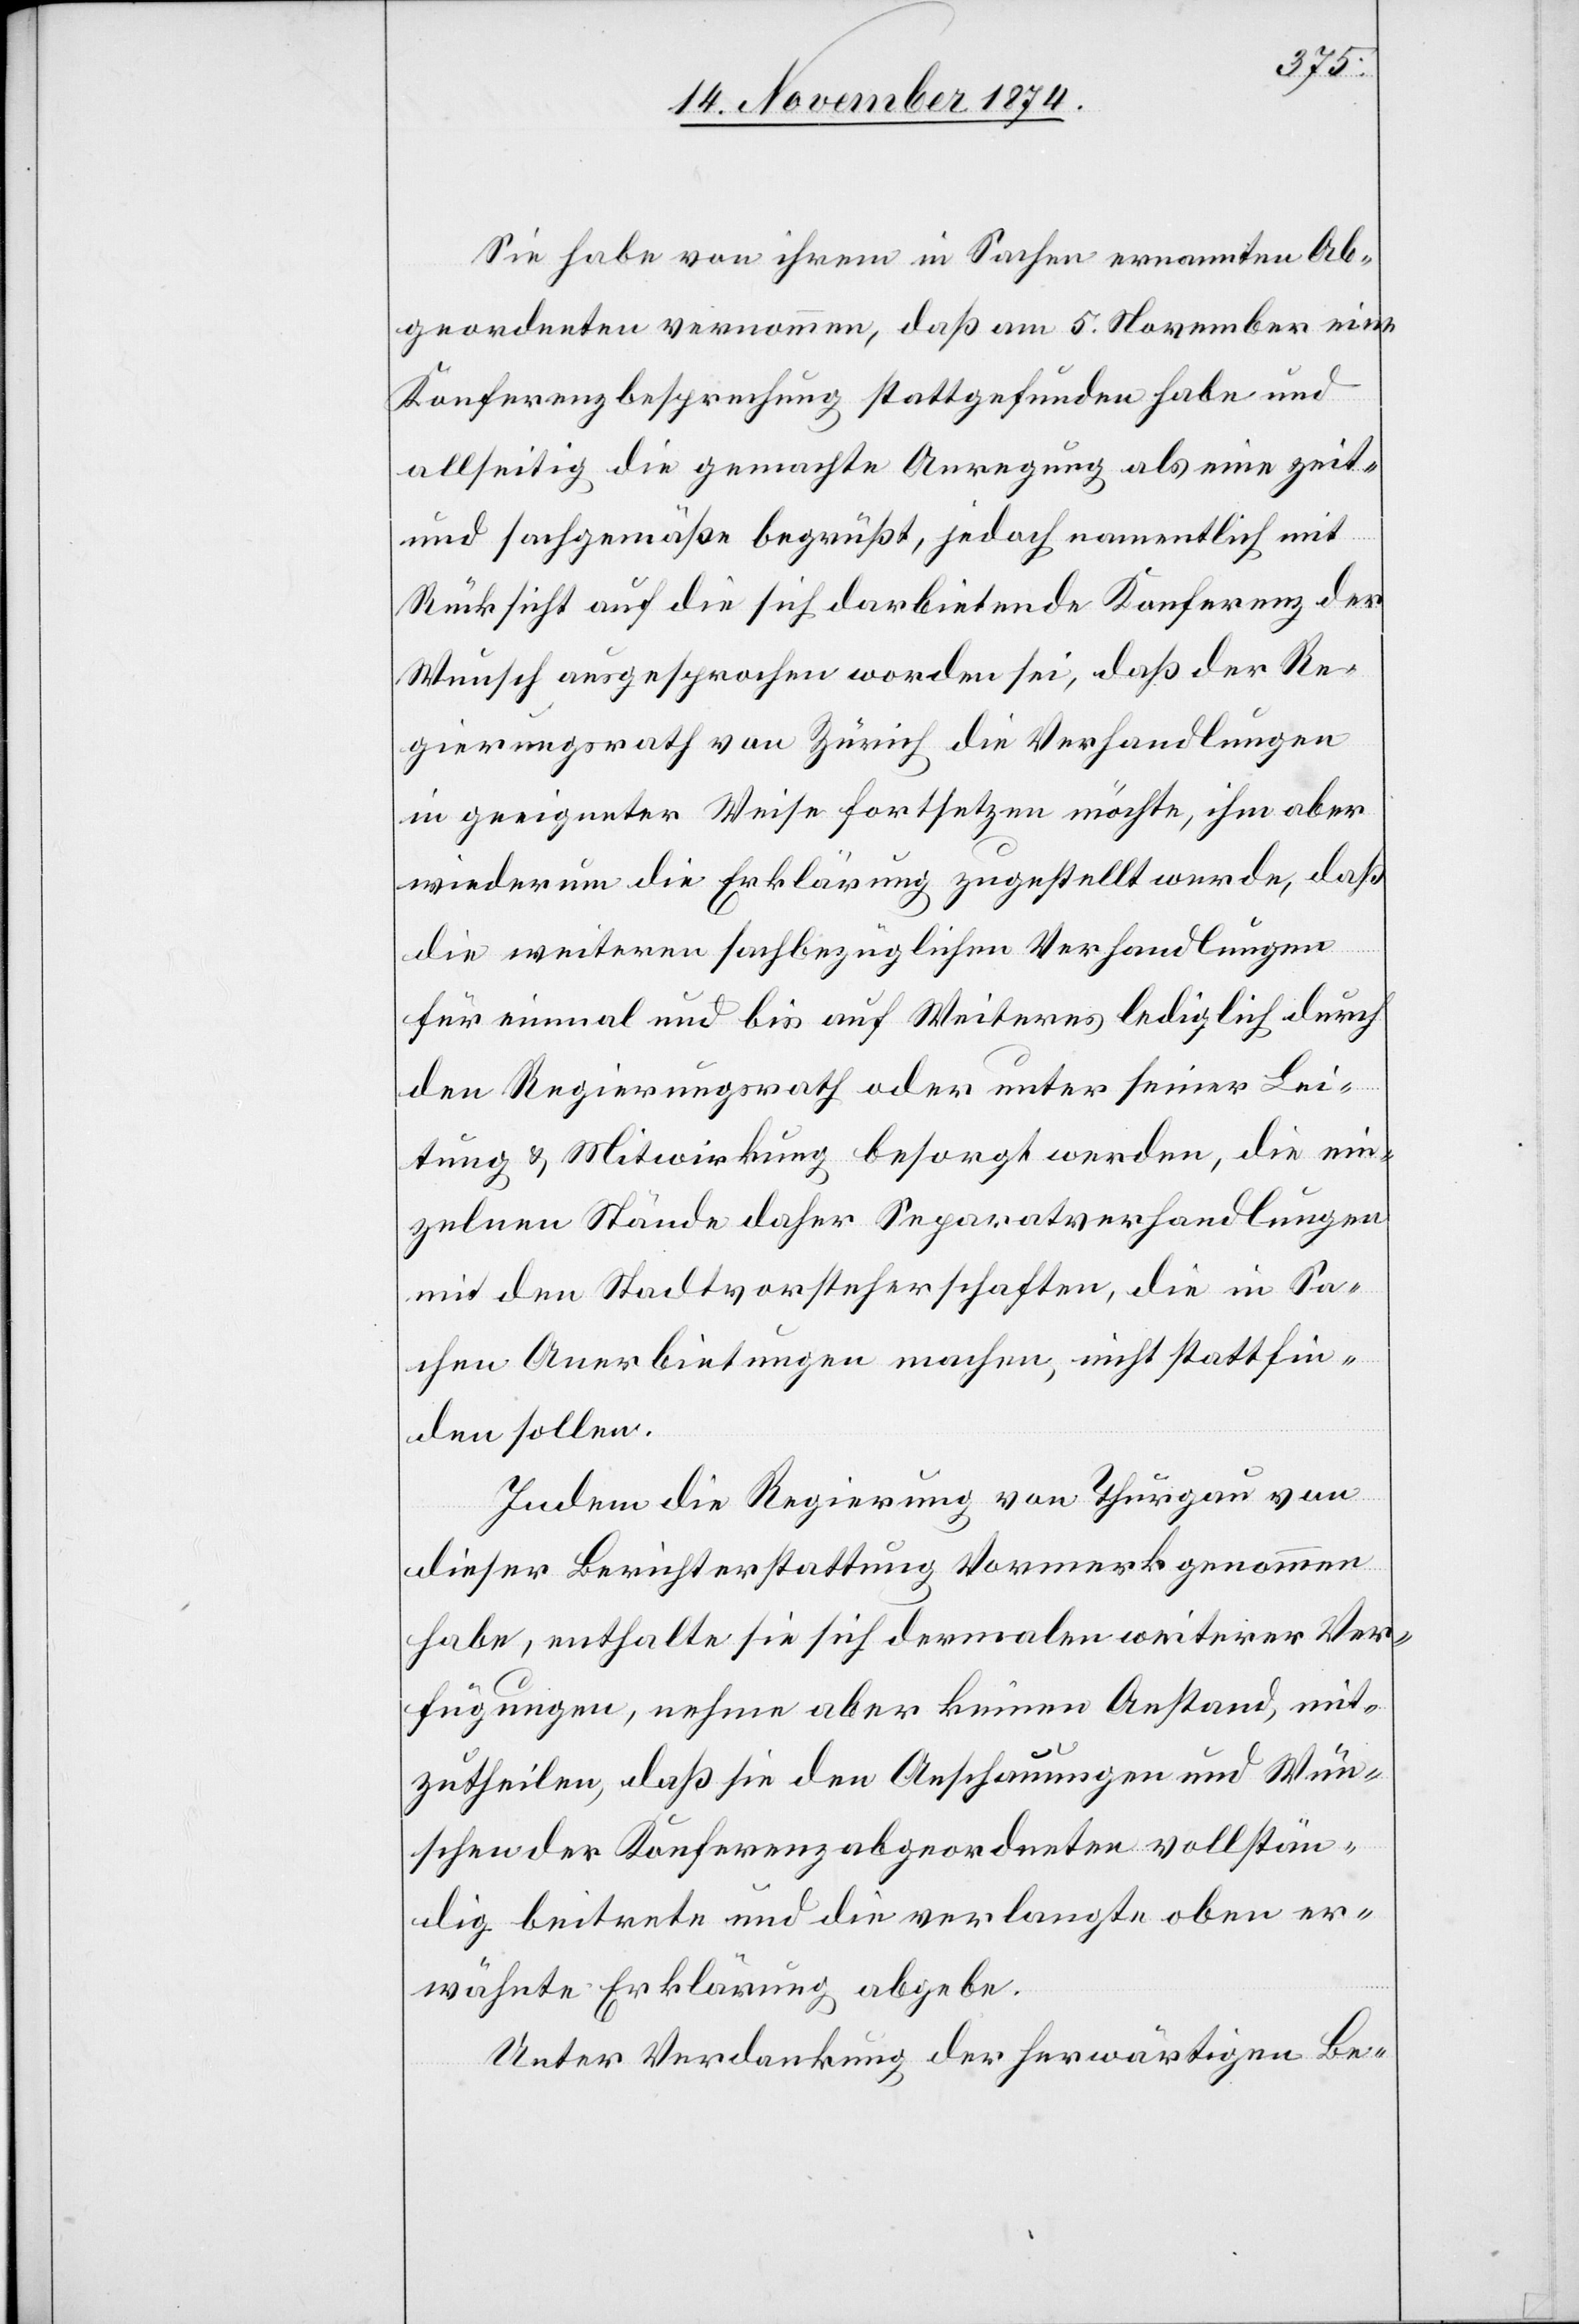
Sie habe von ihrem in Sachen ernannten Ab¬
geordneten vernommen, daß am 5. November eine
Konferenzbesprechung stattgefunden habe und
allseitig die gemachte Anregung als eine zeit-
und sachgemäße begrüßt, jedoch namentlich mit
Rücksicht auf die sich darbietende Konferenz der
Wunsch ausgesprochen worden sei, daß der Re¬
gierungsrath von Zürich die Verhandlungen
in geeigneter Weise fortsetzen möchte, ihm aber
wiederum die Erklärung zugestellt wurde, daß
die weiteren sachbezüglichen Verhandlungen
für einmal und bis auf Weiteres lediglich durch
den Regierungsrath oder unter seiner Lei¬
tung & Mitwirkung besorgt werden, die ein¬
zelnen Stände daher Separatverhandlungen
mit den Stadtvorsteherschaften, die in Sa¬
chen Anerbietungen machen, nicht stattfin¬
den sollen.
Indem die Regierung von Thurgau von
dieser Berichterstattung Vormerk genommen
habe, enthalte sie sich dermalen weiterer Ver¬
fügungen, nehme aber keinen Anstand, mit¬
zutheilen, daß sie den Anschauungen und Wün¬
schen der Konferenzabgeordneten vollstän¬
dig beitrete und die verlangte oben er¬
wähnte Erklärung abgebe.
Unter Verdankung der herwärtigen Be-